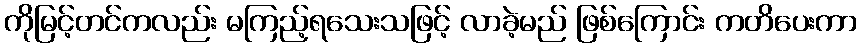
ကိုမြင့်တင်ကလည်း မကြည့်ရသေးသဖြင့် လာခဲ့မည် ဖြစ်ကြောင်း ကတိပေးကာ